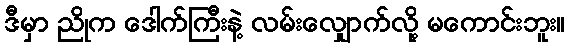
ဒီမှာ ညိုက ဒေါက်ကြီးနဲ့ လမ်းလျှောက်လို့ မကောင်းဘူး။